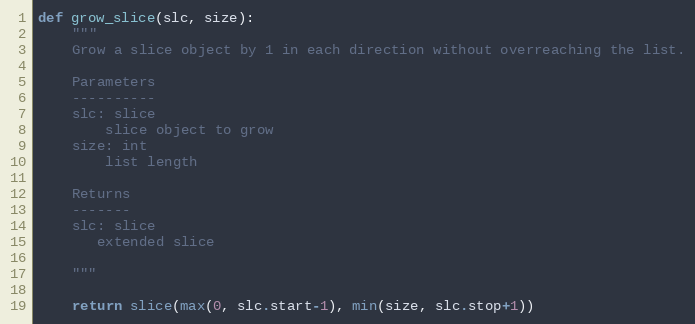
Language: Python
def grow_slice(slc, size):
    """
    Grow a slice object by 1 in each direction without overreaching the list.

    Parameters
    ----------
    slc: slice
        slice object to grow
    size: int
        list length

    Returns
    -------
    slc: slice
       extended slice

    """

    return slice(max(0, slc.start-1), min(size, slc.stop+1))